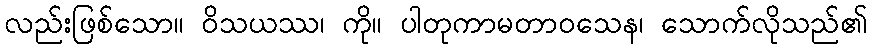
လည်းဖြစ်သော။ ဝိသယဿ၊ ကို။ ပါတုကာမတာဝသေန၊ သောက်လိုသည်၏